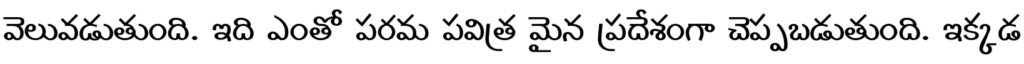
వెలువడుతుంది. ఇది ఎంతో పరమ పవిత్ర మైన ప్రదేశంగా చెప్పబడుతుంది. ఇక్కడ